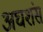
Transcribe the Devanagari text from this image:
अघशंस